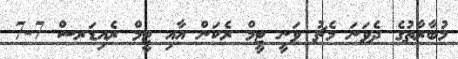
މުބާރާތުގެ ދެވަނަ މެޗު ވަނީ ޓީމް ރެކަން އާއި ޓީމް ރެއިޑަރސް 7-7